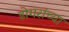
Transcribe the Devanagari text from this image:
डोगरांच्या